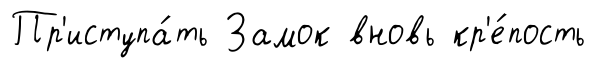
Пр'иступа́ть Замок вновь кр'е́пость